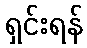
ရှင်းရန်